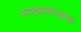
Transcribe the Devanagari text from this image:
नाट्यसंन्यास